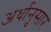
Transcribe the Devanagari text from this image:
अर्धानुसार